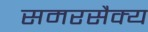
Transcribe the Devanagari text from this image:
समरसैक्य